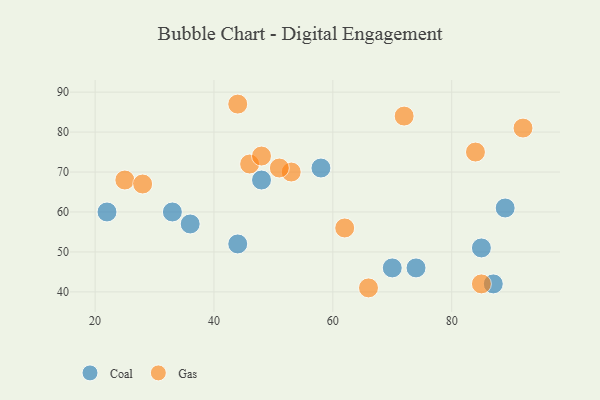
{"axis": {"x": "GDP", "y": "Life Expectancy"}, "legend": ["Coal", "Gas"], "data": [{"x": "33", "y": 60, "type": "Coal"}, {"x": "89", "y": 61, "type": "Coal"}, {"x": "22", "y": 60, "type": "Coal"}, {"x": "48", "y": 68, "type": "Coal"}, {"x": "44", "y": 52, "type": "Coal"}, {"x": "87", "y": 42, "type": "Coal"}, {"x": "58", "y": 71, "type": "Coal"}, {"x": "70", "y": 46, "type": "Coal"}, {"x": "74", "y": 46, "type": "Coal"}, {"x": "85", "y": 51, "type": "Coal"}, {"x": "36", "y": 57, "type": "Coal"}, {"x": "84", "y": 75, "type": "Gas"}, {"x": "46", "y": 72, "type": "Gas"}, {"x": "72", "y": 84, "type": "Gas"}, {"x": "44", "y": 87, "type": "Gas"}, {"x": "53", "y": 70, "type": "Gas"}, {"x": "25", "y": 68, "type": "Gas"}, {"x": "66", "y": 41, "type": "Gas"}, {"x": "85", "y": 42, "type": "Gas"}, {"x": "51", "y": 71, "type": "Gas"}, {"x": "62", "y": 56, "type": "Gas"}, {"x": "28", "y": 67, "type": "Gas"}, {"x": "92", "y": 81, "type": "Gas"}, {"x": "48", "y": 74, "type": "Gas"}]}